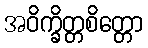
အဝိက္ခိတ္တစိတ္တော